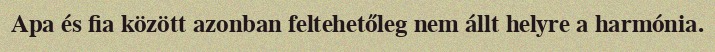
Apa és fia között azonban feltehetőleg nem állt helyre a harmónia.